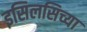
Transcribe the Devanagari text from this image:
इसिलसिच्या